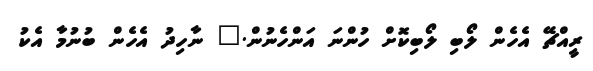
ރީއްޗޭ އެހެން ލޯބި ލޯބިކޮށް ހުންނަ އަންހެނުން." ނާހިދު އެހެން ބުނުމާ އެކު